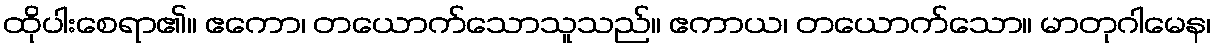
ထိုပါးစေရာ၏။ ဧကော၊ တယောက်သောသူသည်။ ဧကာယ၊ တယောက်သော။ မာတုဂါမေန၊